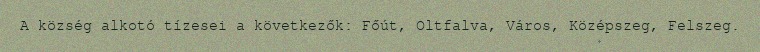
A község alkotó tízesei a következők: Főút, Oltfalva, Város, Középszeg, Felszeg.